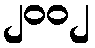
၂၀၀၂